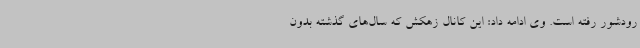
رودشور رفته است. وی ادامه داد: این کانال زهکش که سال‌های گذشته بدون